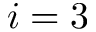
i = 3